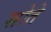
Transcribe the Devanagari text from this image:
स्रोते